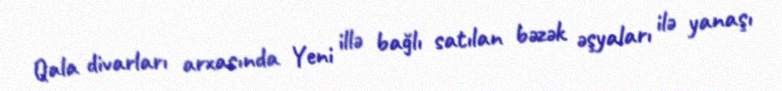
Qala divarları arxasında Yeni illə bağlı satılan bəzək əşyaları ilə yanaşı